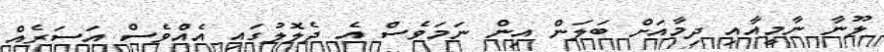
ލޫނާ ނާމީއާއި ދިމާއަށް ބަލަން އިން ނަމަވެސް އެ ދެލޮލުގައި އެއްވެސް އަސަރެއް